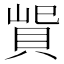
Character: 𰷃